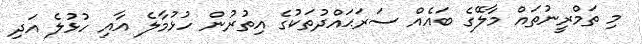
މި ތަމްރީނުތައް މާލޭގެ ބައެއް ސަރަޙައްދުތަކުގެ އިތުރުން ހުޅުމާލެ އާއި ހުޅުލެ އަދި